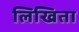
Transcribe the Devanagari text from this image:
लिखिता